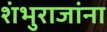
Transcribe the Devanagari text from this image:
शंभुराजांना